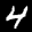
Label: 4